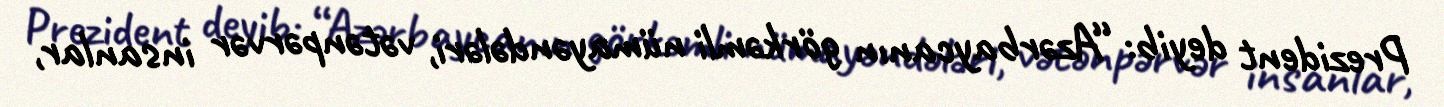
Prezident deyib: “Azərbaycanın görkəmli nümayəndələri, vətənpərvər insanlar,